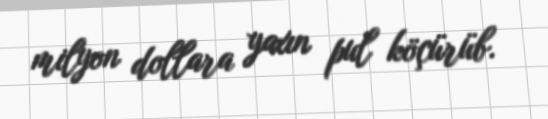
milyon dollara yaxın pul köçürüb.